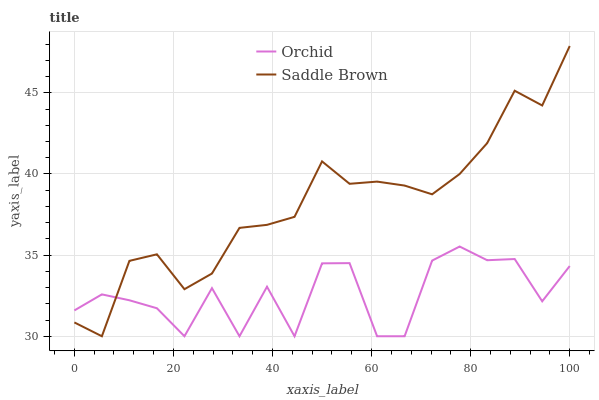
| xaxis_label | Orchid | Saddle Brown |
 | --- | --- | --- |
 | 0 | 31.6 | 30.9 |
 | 5.56 | 32.6 | 30 |
 | 11.1 | 32.2 | 34.6 |
 | 16.7 | 31.7 | 35 |
 | 22.2 | 30 | 32.9 |
 | 27.8 | 33 | 33.9 |
 | 33.3 | 30 | 36.7 |
 | 38.9 | 33.1 | 36.9 |
 | 44.4 | 30 | 37.4 |
 | 50 | 34.5 | 40.8 |
 | 55.6 | 34.5 | 39.4 |
 | 61.1 | 30 | 39.5 |
 | 66.7 | 30 | 39.3 |
 | 72.2 | 34.7 | 38.7 |
 | 77.8 | 35.5 | 40 |
 | 83.3 | 34.7 | 41.9 |
 | 88.9 | 34.8 | 45.1 |
 | 94.4 | 32.2 | 44.2 |
 | 100 | 34.3 | 47.9 |